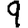
Digit: 9